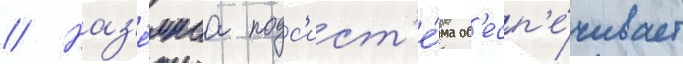
// Наз'е́мнаа подс'ист'е́ма об'есп'е́чивает